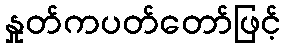
နှုတ်ကပတ်တော်ဖြင့်